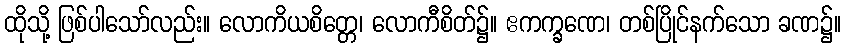
ထိုသို့ ဖြစ်ပါသော်လည်း။ လောကိယစိတ္တေ၊ လောကီစိတ်၌။ ဧကက္ခဏေ၊ တစ်ပြိုင်နက်သော ခဏ၌။